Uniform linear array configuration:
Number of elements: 24
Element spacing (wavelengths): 0.25
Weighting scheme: uniform
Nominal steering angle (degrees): -30
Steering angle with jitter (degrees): -28.984
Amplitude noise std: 0.05
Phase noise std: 0.05

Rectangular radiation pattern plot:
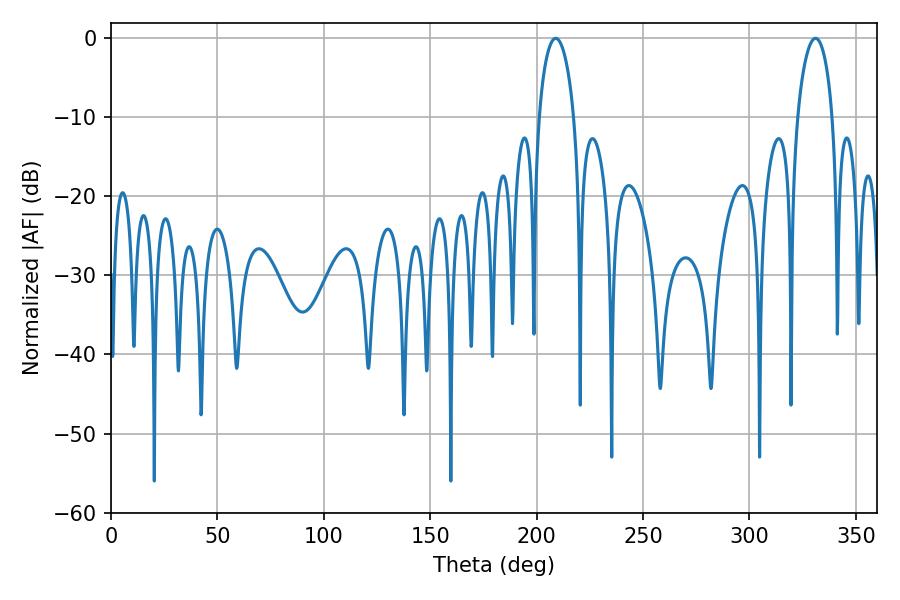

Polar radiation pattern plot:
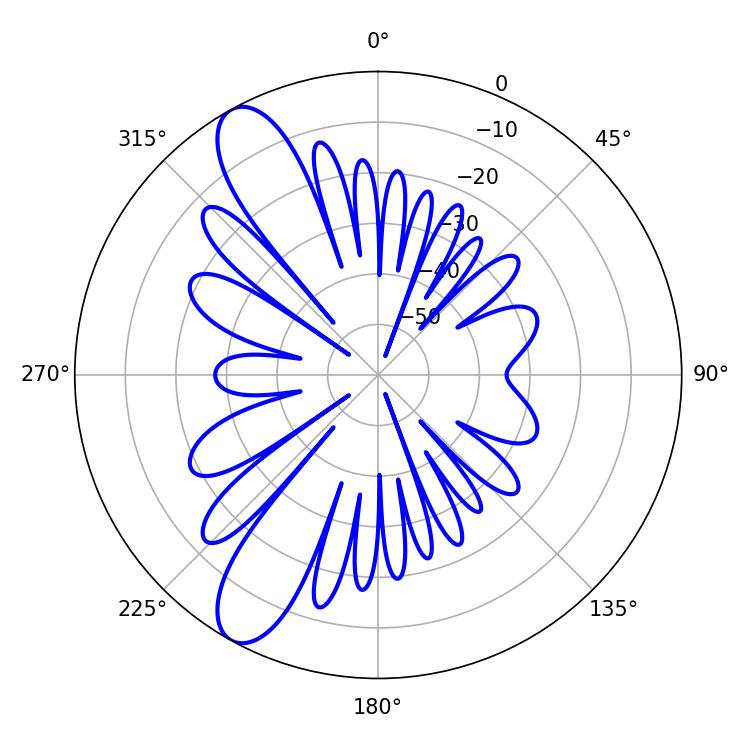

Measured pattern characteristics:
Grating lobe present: FALSE
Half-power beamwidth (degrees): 9.54
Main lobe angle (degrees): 208.98